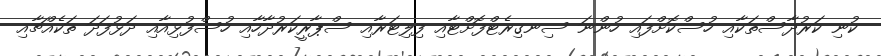
ކުނި ކަރުދާސްތަކާއި ހުސްކޮށްފައި ހުންނަ ސިނގިރެޓްފޮށްޓާއި ފިލިޓަރާއި ސްޕާރީކަރުދާހާއި ހުސްފުޅިއާއި ދަޅުފަދަ ތަކެއްޗާއި